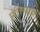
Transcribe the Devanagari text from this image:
प्रतिस्पद्र्धा